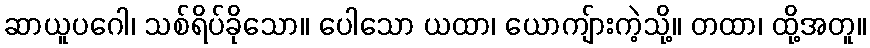
ဆာယူပဂေါ၊ သစ်ရိပ်ခိုသော။ ပေါသော ယထာ၊ ယောကျ်ားကဲ့သို့။ တထာ၊ ထို့အတူ။